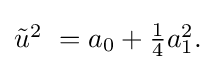
{\textstyle {\tilde {u}}^{2}~=a_{0}+{\frac {1}{4}}a_{1}^{2}.}